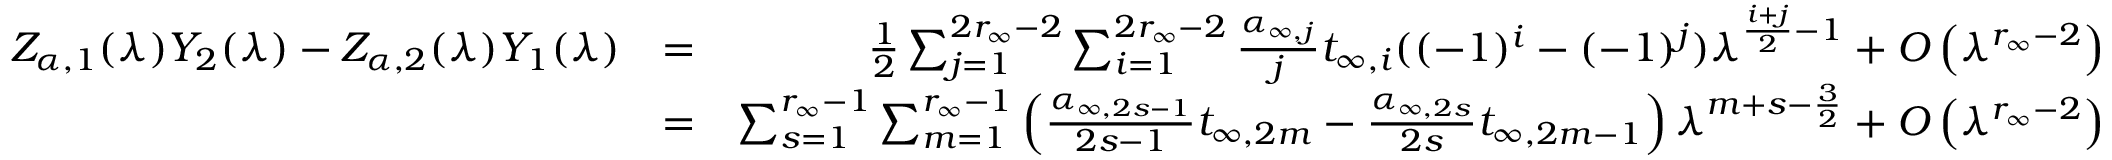
\begin{array} { r l r } { Z _ { \boldsymbol { \alpha } , 1 } ( \lambda ) Y _ { 2 } ( \lambda ) - Z _ { \boldsymbol { \alpha } , 2 } ( \lambda ) Y _ { 1 } ( \lambda ) } & { = } & { \frac { 1 } { 2 } \sum _ { j = 1 } ^ { 2 r _ { \infty } - 2 } \sum _ { i = 1 } ^ { 2 r _ { \infty } - 2 } \frac { \alpha _ { \infty , j } } { j } t _ { \infty , i } ( ( - 1 ) ^ { i } - ( - 1 ) ^ { j } ) \lambda ^ { \frac { i + j } { 2 } - 1 } + O \left( \lambda ^ { r _ { \infty } - 2 } \right) } \\ & { = } & { \sum _ { s = 1 } ^ { r _ { \infty } - 1 } \sum _ { m = 1 } ^ { r _ { \infty } - 1 } \left( \frac { \alpha _ { \infty , 2 s - 1 } } { 2 s - 1 } t _ { \infty , 2 m } - \frac { \alpha _ { \infty , 2 s } } { 2 s } t _ { \infty , 2 m - 1 } \right) \lambda ^ { m + s - \frac { 3 } { 2 } } + O \left( \lambda ^ { r _ { \infty } - 2 } \right) } \\ & { } & \end{array}